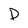
Character: D